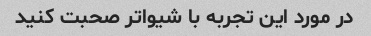
در مورد این تجربه با شیواتر صحبت کنید